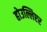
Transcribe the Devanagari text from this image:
होउल्लिएर